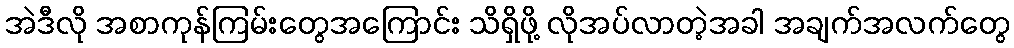
အဲဒီလို အစာကုန်ကြမ်းတွေအကြောင်း သိရှိဖို့ လိုအပ်လာတဲ့အခါ အချက်အလက်တွေ